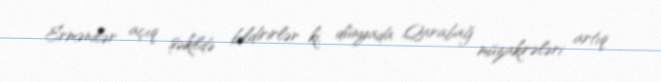
Ermənilər açıq şəkildə bildirirlər ki, dünyada Qarabağ müzakirələri artıq